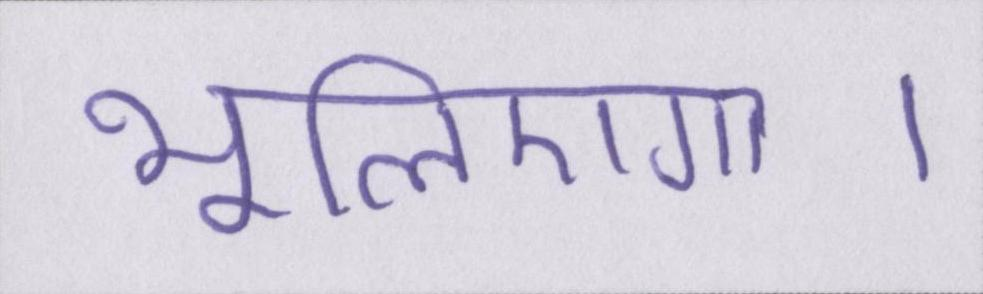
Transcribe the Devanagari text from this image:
भूलिएगा।